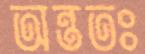
অন্ততঃ